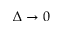
\Delta \to 0